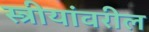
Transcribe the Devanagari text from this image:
स्त्रीयांवरील